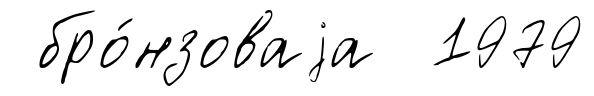
бро́нзоваjа 1979